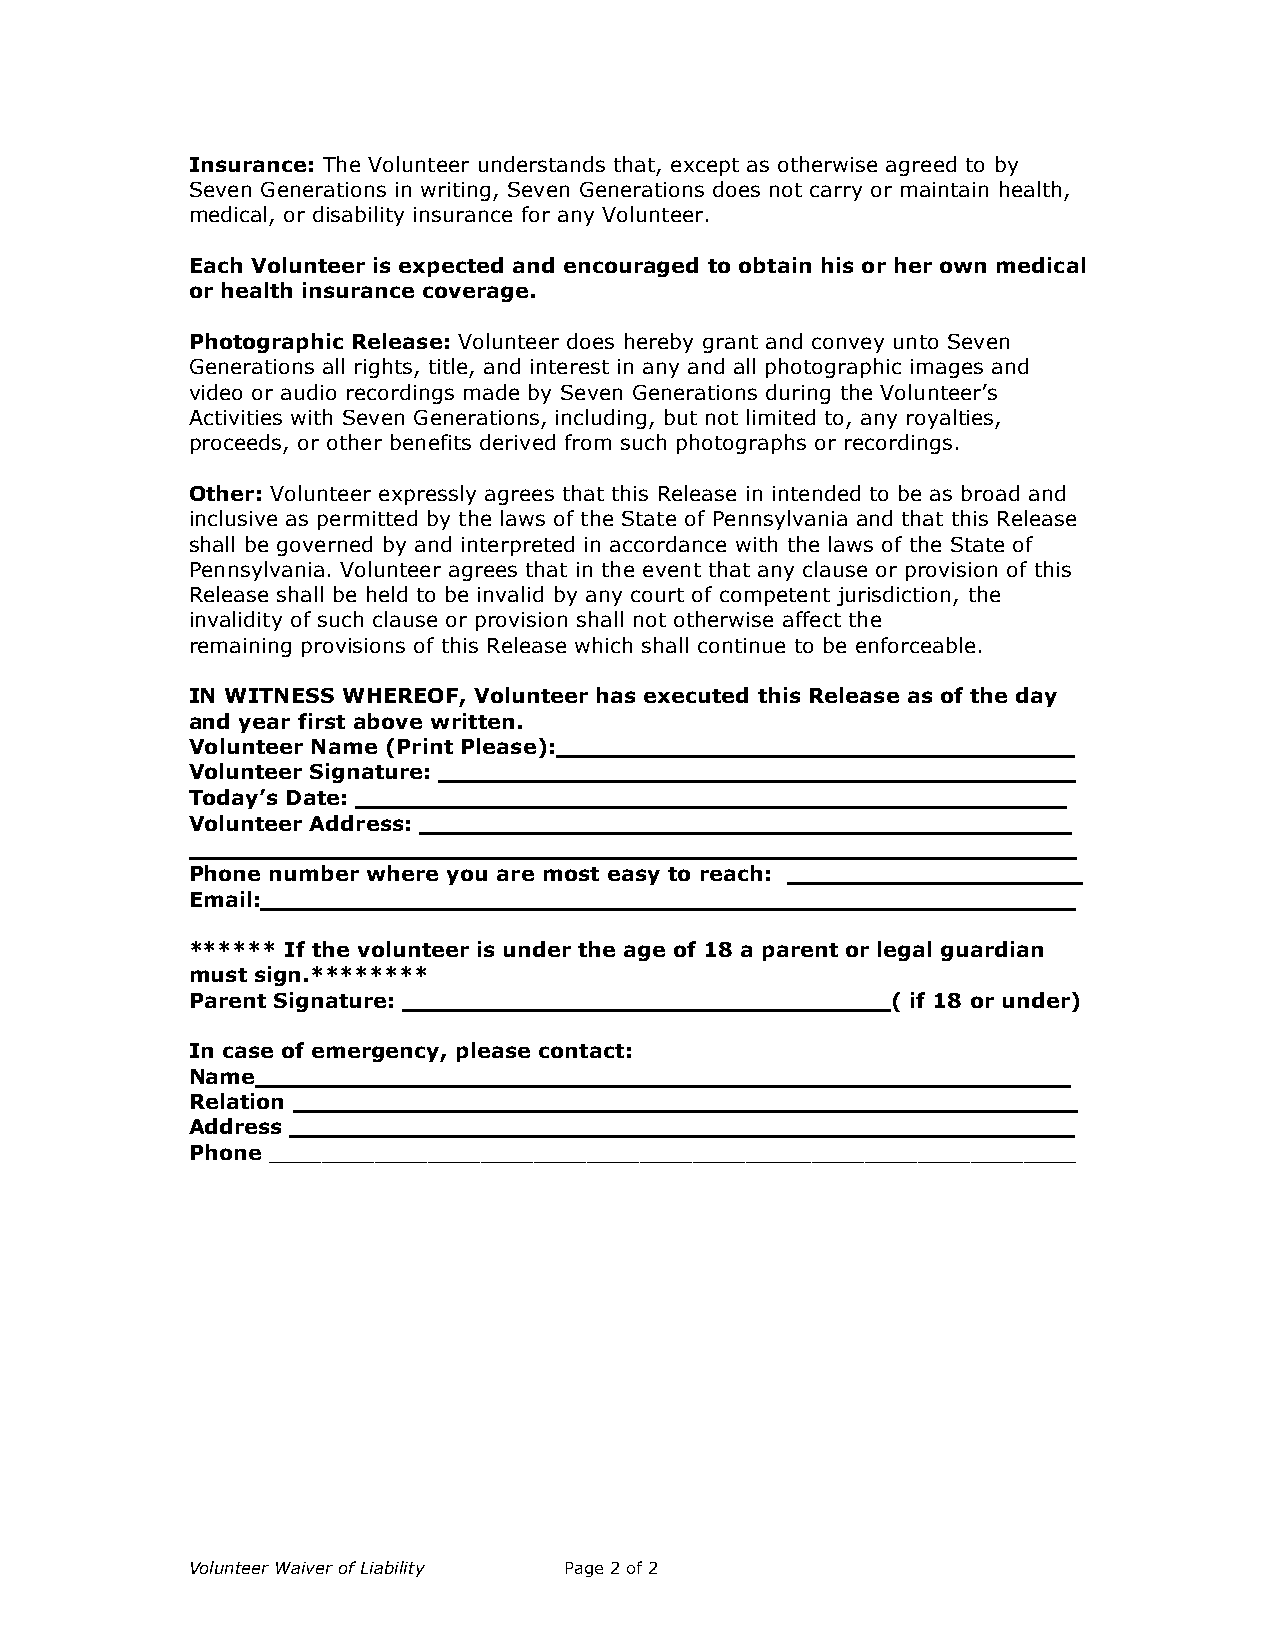
Insurance: The Volunteer understands that, except as otherwise agreed to by
 Seven Generations in writing, Seven Generations does not carry or maintain health,
 medical, or disability insurance for any Volunteer.
 Each Volunteer is expected and encouraged to obtain his or her own medical
 or health insurance coverage.
 Photographic Release: Volunteer does hereby grant and convey unto Seven
 Generations all rights, title, and interest in any and all photographic images and
 video or audio recordings made by Seven Generations during the Volunteer’s
 Activities with Seven Generations, including, but not limited to, any royalties,
 proceeds, or other benefits derived from such photographs or recordings.
 Other: Volunteer expressly agrees that this Release in intended to be as broad and
 inclusive as permitted by the laws of the State of Pennsylvania and that this Release
 shall be governed by and interpreted in accordance with the laws of the State of
 Pennsylvania. Volunteer agrees that in the event that any clause or provision of this
 Release shall be held to be invalid by any court of competent jurisdiction, the
 invalidity of such clause or provision shall not otherwise affect the
 remaining provisions of this Release which shall continue to be enforceable.
 IN WITNESS WHEREOF, Volunteer has executed this Release as of the day
 and year first above written.
 Volunteer Name (Print Please):___________________________________
 Volunteer Signature: ___________________________________________
 Today’s Date: ________________________________________________
 Volunteer Address: ____________________________________________
 ____________________________________________________________
 Phone number where you are most easy to reach: ____________________
 Email:_______________________________________________________
 ****** If the volunteer is under the age of 18 a parent or legal guardian
 must sign.********
 Parent Signature: _________________________________( if 18 or under)
 In case of emergency, please contact:
 Name_______________________________________________________
 Relation _____________________________________________________
 Address _____________________________________________________
 Phone _____________________________________________________________
 Volunteer Waiver of Liability Page 2 of 2